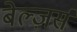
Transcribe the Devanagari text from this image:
बेल्ज़र्स